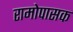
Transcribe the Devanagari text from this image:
रामोपासक